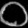
Digit: ၀